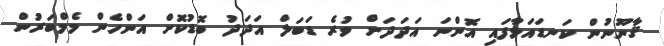
ޤާނޫނުން ކަނޑައަޅާފައި އޮންނަ އަދަދަށް ވުރެ ޑަބަލް އަދަދު ބޮޑުކޮށް އަންހެން މެމްބަރުން